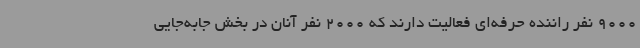
9000 نفر راننده حرفه‌ای فعالیت دارند که 2000 نفر آنان در بخش جابه‌جایی